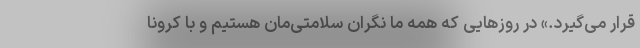
قرار می‌گیرد.» در روزهایی که همه ما نگران سلامتی‌مان هستیم و با کرونا